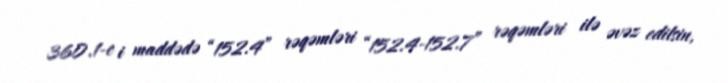
360.1-c i maddədə “152.4” rəqəmləri “152.4-152.7” rəqəmləri ilə əvəz edilsin,